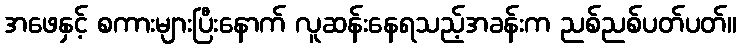
အဖေနှင့် စကားများပြီးနောက် လူဆန်းနေရသည့်အခန်းက ညစ်ညစ်ပတ်ပတ်။